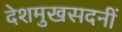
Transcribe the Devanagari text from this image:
देशमुखसदनीं